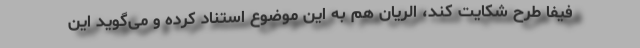
فیفا طرح شکایت کند، الریان هم به این موضوع استناد کرده و می‌گوید این